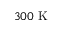
3 0 0 ~ \mathrm { K }